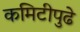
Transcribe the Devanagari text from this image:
कमिटीपुढे